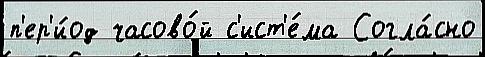
п'ер'и́од часово́й с'ист'е́ма Согла́сно